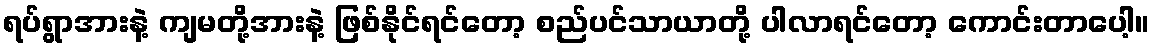
ရပ်ရွာအားနဲ့ ကျမတို့အားနဲ့ ဖြစ်နိုင်ရင်တော့ စည်ပင်သာယာတို့ ပါလာရင်တော့ ကောင်းတာပေါ့။